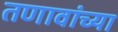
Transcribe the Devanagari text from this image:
तणावांच्या